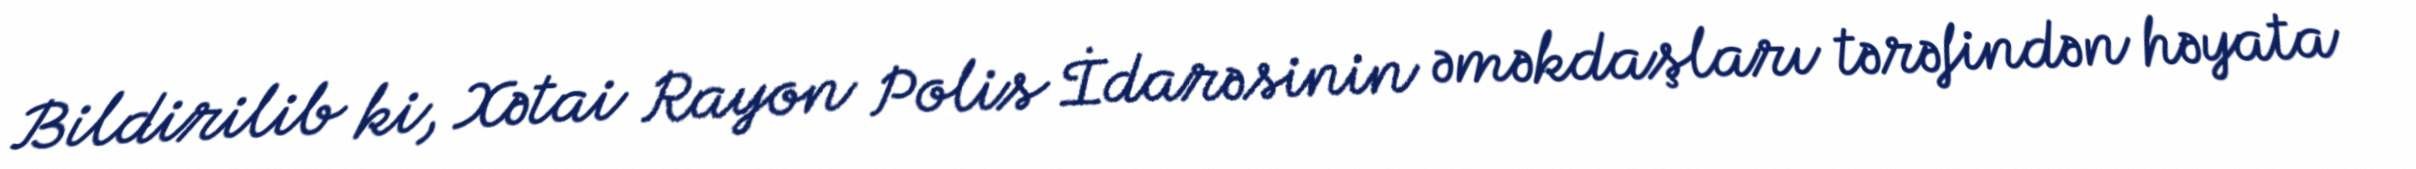
Bildirilib ki, Xətai Rayon Polis İdarəsinin əməkdaşları tərəfindən həyata